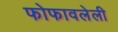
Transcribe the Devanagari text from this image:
फोफावलेली